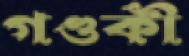
গণ্ডকী